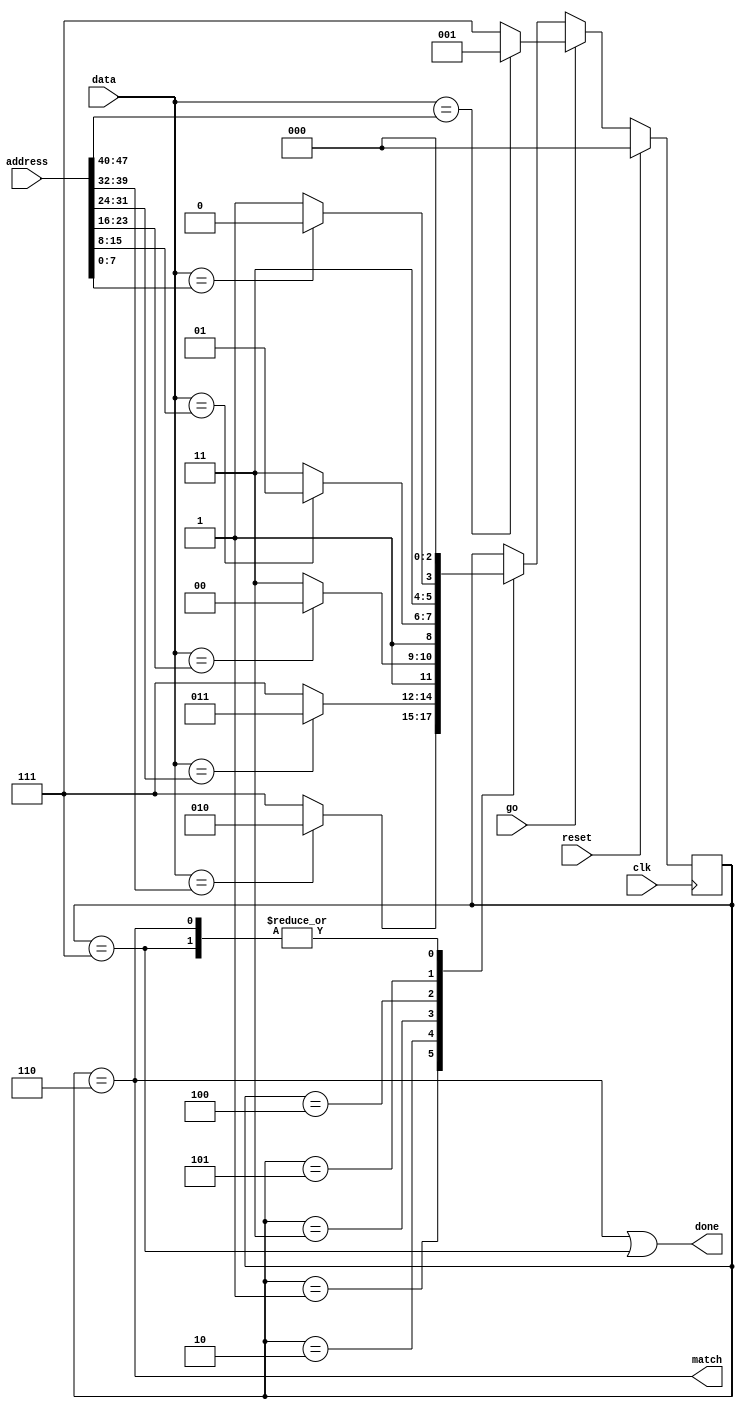
//
// Copyright 2011 Ettus Research LLC
// Copyright 2018 Ettus Research, a National Instruments Company
//
// SPDX-License-Identifier: LGPL-3.0-or-later
//




module address_filter
  (input clk,
   input reset,
   input go,
   input [7:0] data,
   input [47:0] address,
   output match,
   output done);

   reg [2:0] af_state;

   always @(posedge clk)
     if(reset)
       af_state     <= 0;
     else
       if(go)
	 af_state <= (data == address[47:40]) ? 1 : 7;
       else
	 case(af_state)
	   1 : af_state <= (data == address[39:32]) ? 2 : 7;
	   2 : af_state <= (data == address[31:24]) ? 3 : 7;
	   3 : af_state <= (data == address[23:16]) ? 4 : 7;
	   4 : af_state <= (data == address[15:8])  ? 5 : 7;
	   5 : af_state <= (data == address[7:0]) ? 6 : 7;
	   6, 7 : af_state <= 0;
	 endcase // case (af_state)

   assign match  = (af_state==6);
   assign done 	 = (af_state==6)|(af_state==7);
   
endmodule // address_filter